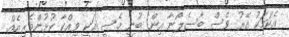
އެކަމަކު އޭރު ވެސް ބާސެލޯނާ އިން ބުނީ މެސީ އަކީ ވިއްކާ ކުޅުންތެރިއެއް